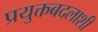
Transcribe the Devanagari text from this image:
प्रयुक्तबदलाशी